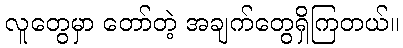
လူတွေမှာ တော်တဲ့ အချက်တွေရှိကြတယ်။